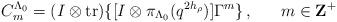
LaTeX: \begin{align*}C^{\Lambda_0}_m=(I\otimes{\rm tr})\{[I\otimes\pi_{\Lambda_0}(q^{2h_\rho})]\Gamma^m\}\,,~~~~~m\in{\bf Z}^+\end{align*}